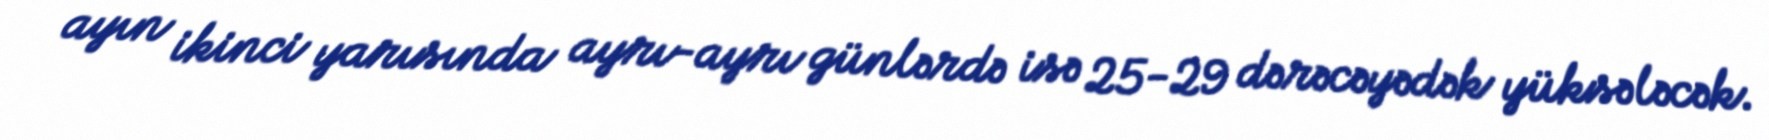
ayın ikinci yarısında ayrı-ayrı günlərdə isə 25-29 dərəcəyədək yüksələcək.